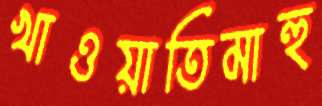
খাওয়াতিমাহু